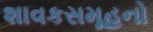
શાવકસમૂહનો